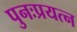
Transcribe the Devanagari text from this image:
पुनःप्रयत्न